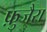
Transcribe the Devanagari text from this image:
फ़ुजैरा